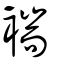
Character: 褍